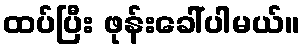
ထပ်ပြီး ဖုန်းခေါ်ပါမယ်။